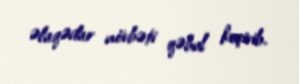
əlaqədar növbəti qəbul keçirib.